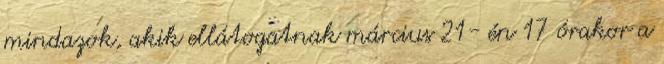
mindazok, akik ellátogatnak március 21- én 17 órakor a